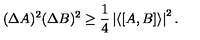
( \Delta A ) ^ { 2 } ( \Delta B ) ^ { 2 } \ge \frac { 1 } { 4 } \left| \langle [ A , B ] \rangle \right| ^ { 2 } .